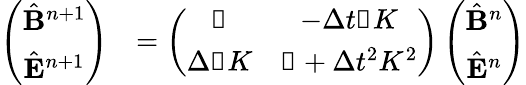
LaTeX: \begin{array}{rl}{\left(\begin{array}{c}{\hat{\mathbf B}^{n+1}}\\ {\hat{\mathbf E}^{n+1}}\end{array}\right)}&{=\left(\begin{array}{cc}{\mathbb{1}}&{-\Delta t\mathbb{i}K}\\ {\Delta\mathbb{i}K}&{\mathbb{1}+\Delta t^{2}K^{2}}\end{array}\right)\left(\begin{array}{c}{\hat{\mathbf B}^{n}}\\ {\hat{\mathbf E}^{n}}\end{array}\right)}\end{array}